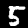
Label: 5